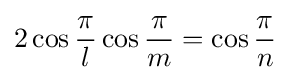
2\cos {\frac {\pi }{l}}\cos {\frac {\pi }{m}}=\cos {\frac {\pi }{n}}